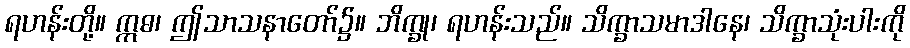
ရဟန်းတို့။ ဣဓ၊ ဤသာသနာတော်၌။ ဘိက္ခု၊ ရဟန်းသည်။ သိက္ခာသမာဒါနေ၊ သိက္ခာသုံးပါးကို